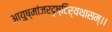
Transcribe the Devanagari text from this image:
आयुष्मांजरदृष्टिर्यथासम्।।